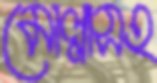
মোল্লাসহ